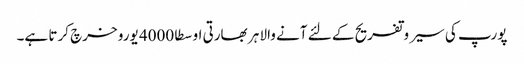
پورپ کی سیر وتفریح کے لئے آنے والا ہر بھارتی اوسطا 4000 یورو خرچ کرتا ہے۔